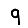
Digit: 9